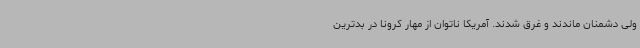
ولی دشمنان ماندند و غرق شدند. آمریکا ناتوان از مهار کرونا در بدترین